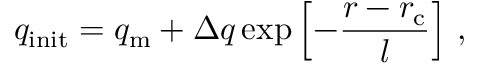
q _ { \mathrm { i n i t } } = q _ { \mathrm { m } } + \Delta q \exp \left[ - \frac { r - r _ { \mathrm { c } } } { l } \right] \, ,